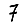
Digit: 7